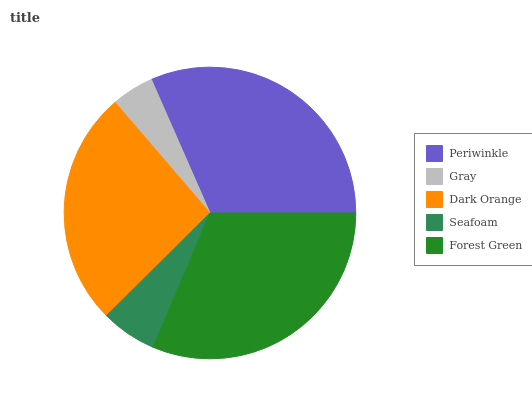
| Periwinkle | Gray | Dark Orange | Seafoam | Forest Green |
 | --- | --- | --- | --- | --- |
 | 31.6% | 4.7% | 26.1% | 6.19% | 31.4% |